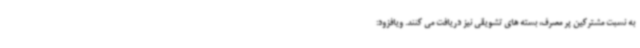
به نسبت مشترکین پر مصرف، بسته های تشویقی نیز دریافت می کنند. ویافزود: